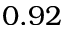
0 . 9 2